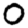
Digit: 0